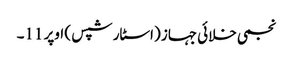
نجمی خلائی جہاز (اسٹار شپس ) اوپر 11۔